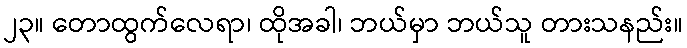
၂၃။ တောထွက်လေရာ၊ ထိုအခါ၊ ဘယ်မှာ ဘယ်သူ တားသနည်း။